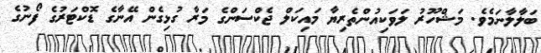
ބަލާލާނަމެވެ. މަޝްހޫރު ލަވަކިއުންތެރިޔާ މައިކަލް ޖެކްސަންގެ މަރާ ގުޅިގެން އޭނާގެ ޑޮކްޓަރުގެ ފޯނުގެ